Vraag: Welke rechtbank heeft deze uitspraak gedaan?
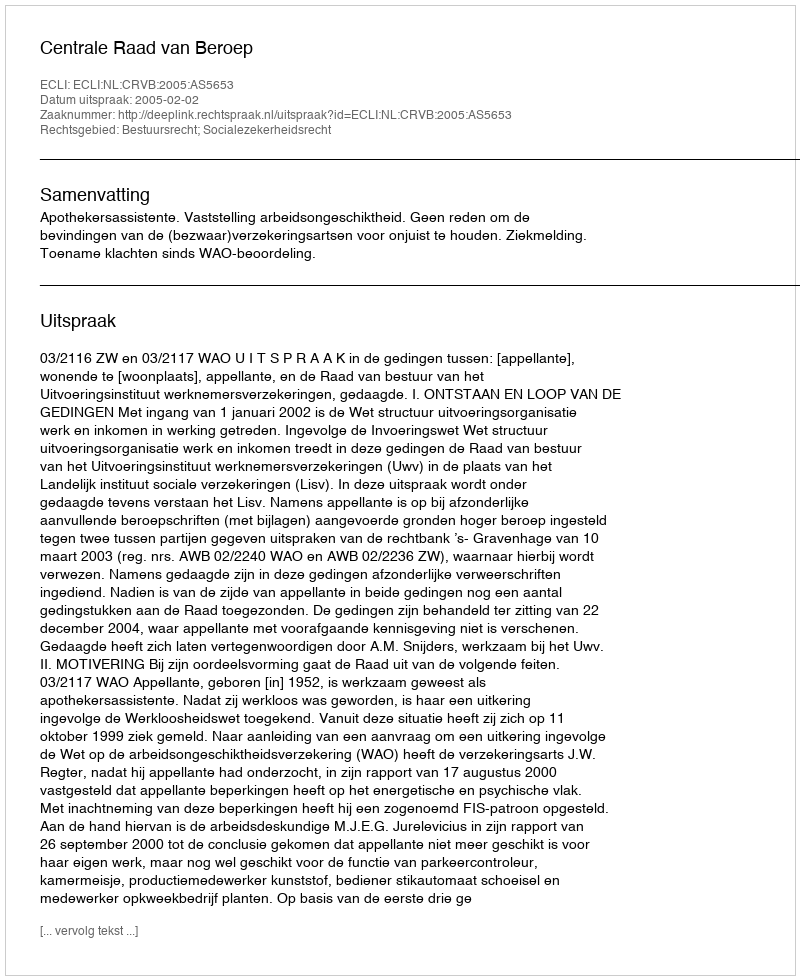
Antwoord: Centrale Raad van Beroep